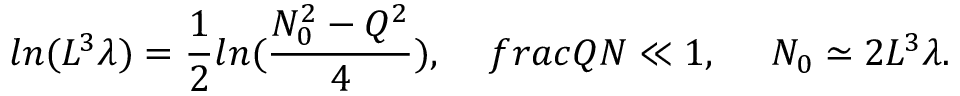
l n ( L ^ { 3 } \lambda ) = \frac { 1 } { 2 } l n ( \frac { N _ { 0 } ^ { 2 } - Q ^ { 2 } } { 4 } ) , \ \ \ \, f r a c { Q } { N } \ll 1 , \ \ \ \ N _ { 0 } \simeq 2 L ^ { 3 } \lambda .